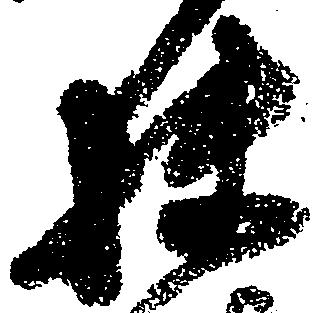
扶